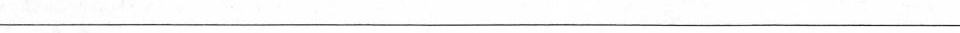
___